Civil Veterinary Dept. Assam report 1927-50 - 1927-1950
Year: 1927
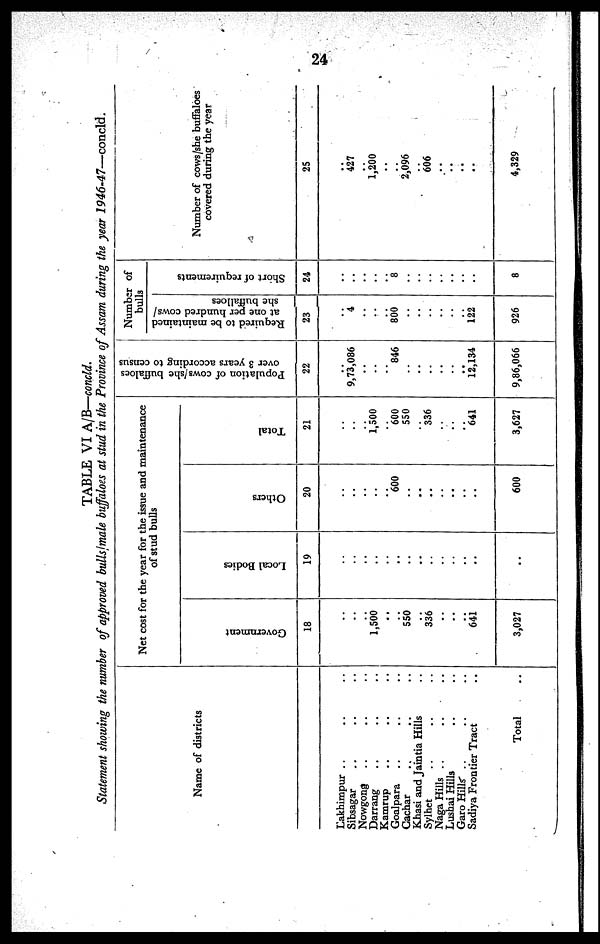
24
TABLE VI A/B—concld.
Statement showing the number of approved bulls/male buffaloes at stud in the Province of Assam during the year
1946-47—concld.
Name of districts
Lakhimpur ... ... ...
Sibsagar ... ... ...
Nowgong ... ... ...
Darrang ... ... ...
Kamrup ... ... ...
Goalpara ... ... ...
Cachar ... ... ...
Khasi and Jaintia Hills ...
Sylhet ... ... ...
Naga Hills
...
...
...
Lushai Hills ... ...
Garo Hills ... ... ...
Sadiya Frontier Tract ...
Total ..
Net cost for the year for the issue and maintenance
of stud bulls
Government
18
..
...
..
1,500
..
..
550
..
336
..
..
..
641
3,027
Local Bodies
19
..
..
..
..
..
..
..
..
..
..
..
..
..
..
Others
20
..
..
..
..
..
600
..
..
..
..
..
..
..
600
Total
21
..
..
..
1,500
..
600
550
..
336
..
..
..
641
3,627
Population of cows/she buffaloes
over 3 years according to census
22
..
9,73,086
..
..
..
846
..
..
..
..
..
..
12,134
9,86,066
Number of
bulls
Required to be maintained
at one per hundred cows/
she
buffalloes
23
..
4
..
..
..
800
..
..
..
..
..
..
122
926
Short of requirements
24
..
..
..
..
..
8
..
..
..
..
..
..
..
8
Number of cows/she buffaloes
covered during the year
25
..
427
..
1,200
..
..
2,096
..
606
..
..
..
....
4,329